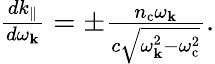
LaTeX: \begin{array}{r}{\frac{dk_{\parallel}}{d\omega_{\mathbf k}}=\pm\frac{n_{\mathrm{c}}\omega_{\mathbf k}}{c\sqrt{\omega_{\mathbf k}^{2}-\omega_{\mathrm{c}}^{2}}}.}\end{array}